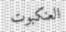
العنكبوت